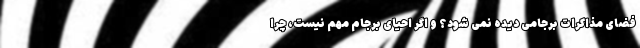
فضای مذاکرات برجامی دیده نمی شود؟ و اگر احیای برجام مهم نیست، چرا